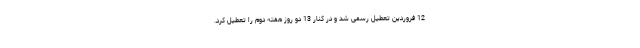
12 فروردین تعطیل رسمی شد و در کنار 13 دو روز هفته دوم را تعطیل کرد.